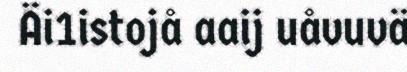
Äi1istojå aaij uåvuvä